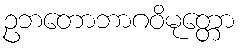
ဥဘတောဘာဂဝိမုတ္တော